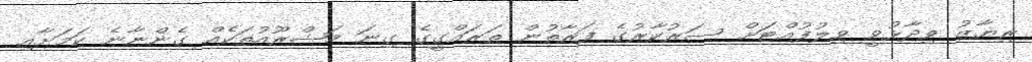
ރިޔާޒު ވިދާޅުވީ ވިލުފުއްޓަށް ސަރުކާރުގެ ފަރާތުން ތަރައްގީގެ ގިނަ މަޝްރޫއުތަކެއް ގެންނާނެ ކަމަށާއި